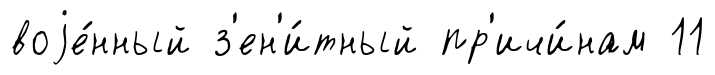
воjе́нный з'ен'и́тный пр'ичи́нам 11